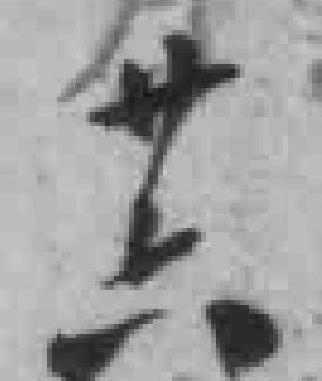
卄六